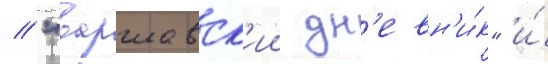
/ "варшавск'ии дн'евн'и́к" и́